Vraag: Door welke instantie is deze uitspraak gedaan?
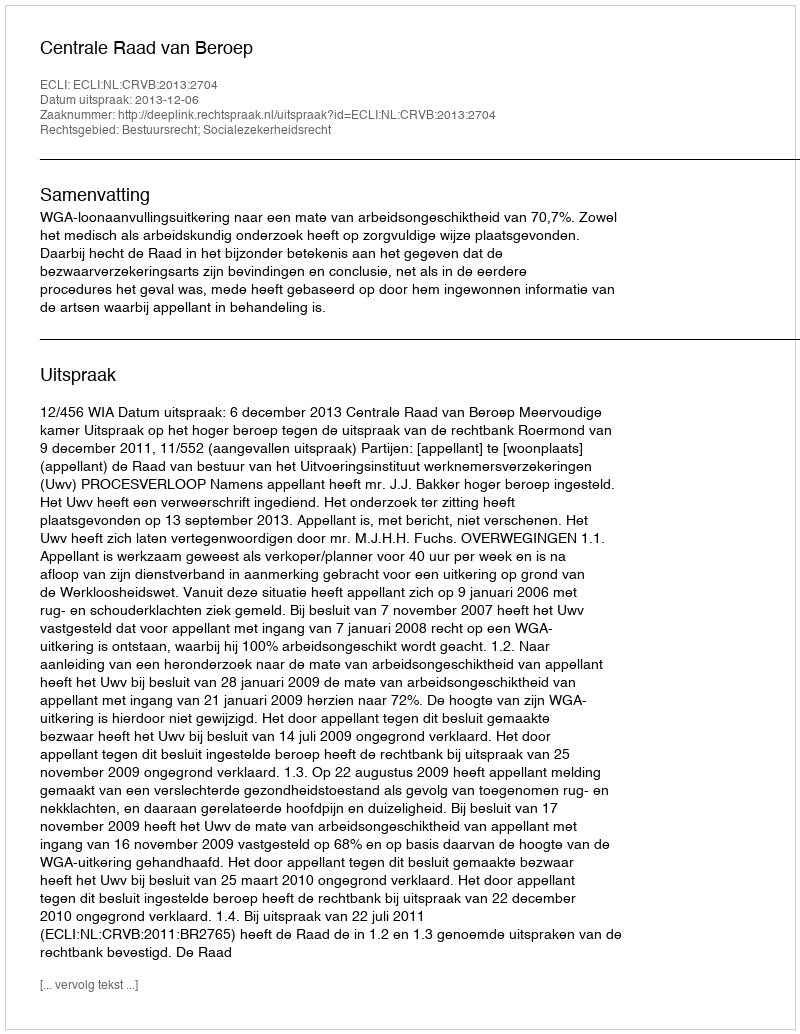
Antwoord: Centrale Raad van Beroep